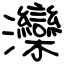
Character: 灤